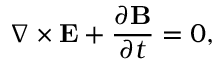
\nabla \times { \bf E } + \frac { \partial { \bf B } } { \partial t } = 0 ,